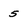
Character: 5